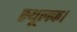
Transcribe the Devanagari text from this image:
स्थूलक।